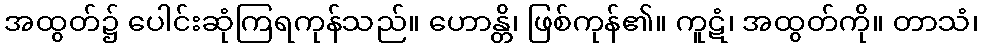
အထွတ်၌ ပေါင်းဆုံကြရကုန်သည်။ ဟောန္တိ၊ ဖြစ်ကုန်၏။ ကူဋံ၊ အထွတ်ကို။ တာသံ၊